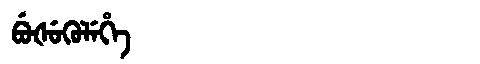
Manchu: ᠪᡠᡧᡠᡴᡠᠯᡝᡥᡝ
Romanization: BUŠUKULEHE